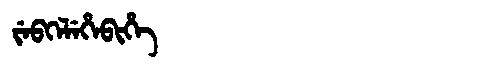
Manchu: ᠵᡝᠪᡴᡝᠯᡝᡥᡝᠪᡳᡥᡝ
Romanization: JEBKELEHEBIHE